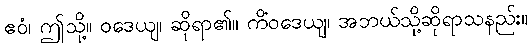
ဧဝံ၊ ဤသို့။ ဝဒေယျ၊ ဆိုရာ၏။ ကိံဝဒေယျ၊ အဘယ်သို့ဆိုရာသနည်း။